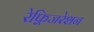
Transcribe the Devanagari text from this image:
रेफ़्रिजरेशन